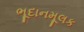
ભૂદાનમૂલક